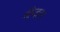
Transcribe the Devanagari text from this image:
बीव्हरर